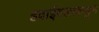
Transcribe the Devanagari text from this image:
हवाईदलाकडून